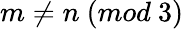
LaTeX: m\neq n\ (mod\ 3)